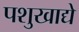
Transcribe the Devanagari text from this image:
पशुखाद्ये